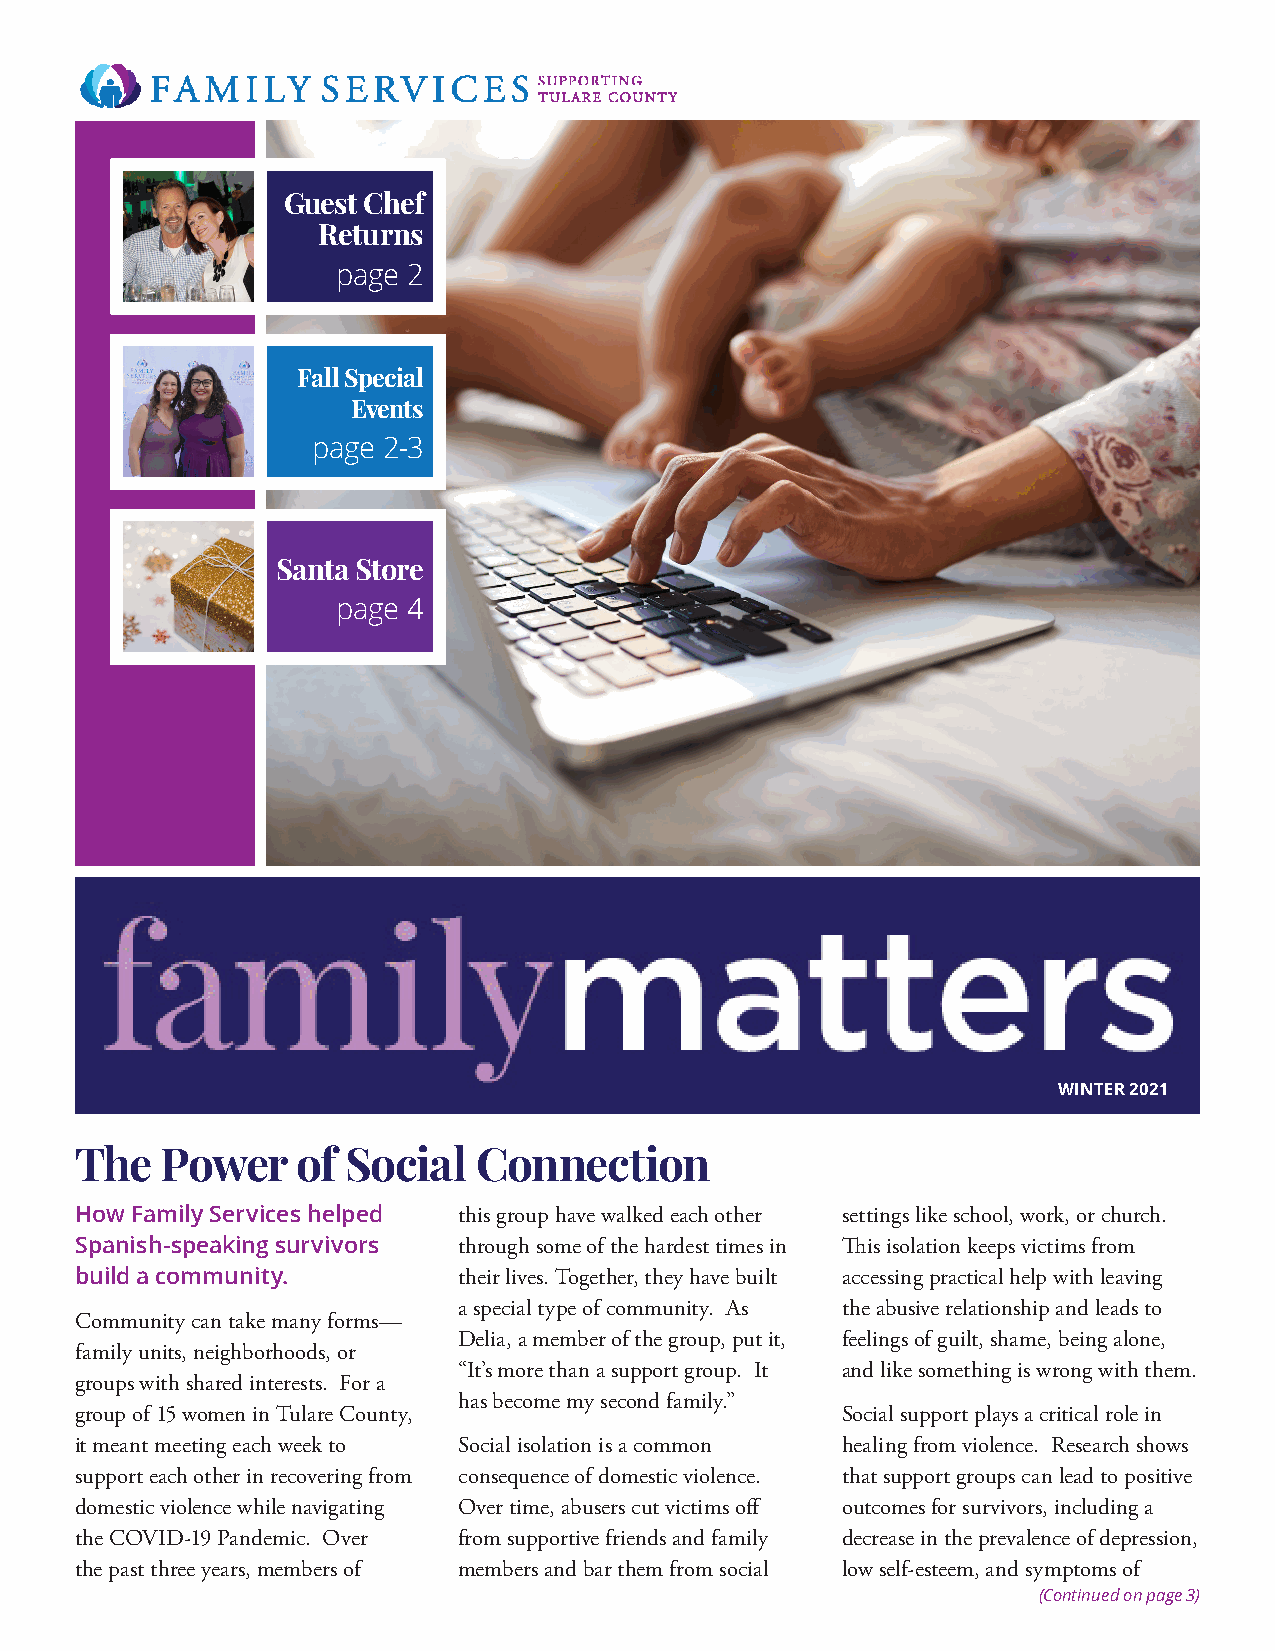
Guest Chef
 Returns
 page 2
 Fall Special
 Events
 page 2-3
 Santa Store
 page 4
 WINTER 2021
 The   Power    of Social   Connection
 How Family Services helped this group have walked each other settings like school, work, or church.
 Spanish-speaking survivors through some of the hardest times in This isolation keeps victims from
 build a community.       their lives. Together, they have built accessing practical help with leaving
 a special type of community. As the abusive relationship and leads to
 Community can take many forms—
 Delia, a member of the group, put it, feelings of guilt, shame, being alone,
 family units, neighborhoods, or
 “It’s more than a support group. It and like something is wrong with them.
 groups with shared interests. For a
 has become my second family.”
 group of 15 women in Tulare County,                Social support plays a critical role in
 it meant meeting each week to Social isolation is a common healing from violence. Research shows
 support each other in recovering from consequence of domestic violence. that support groups can lead to positive
 domestic violence while navigating Over time, abusers cut victims off outcomes for survivors, including a
 the COVID-19 Pandemic. Over from supportive friends and family decrease in the prevalence of depression,
 the past three years, members of members and bar them from social low self-esteem, and symptoms of
 (Continued on page 3)